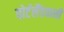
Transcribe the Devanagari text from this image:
पोर्टलैंडवासी